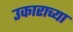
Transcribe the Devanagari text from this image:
उकाराच्या